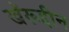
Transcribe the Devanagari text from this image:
खॅरूद्दीन